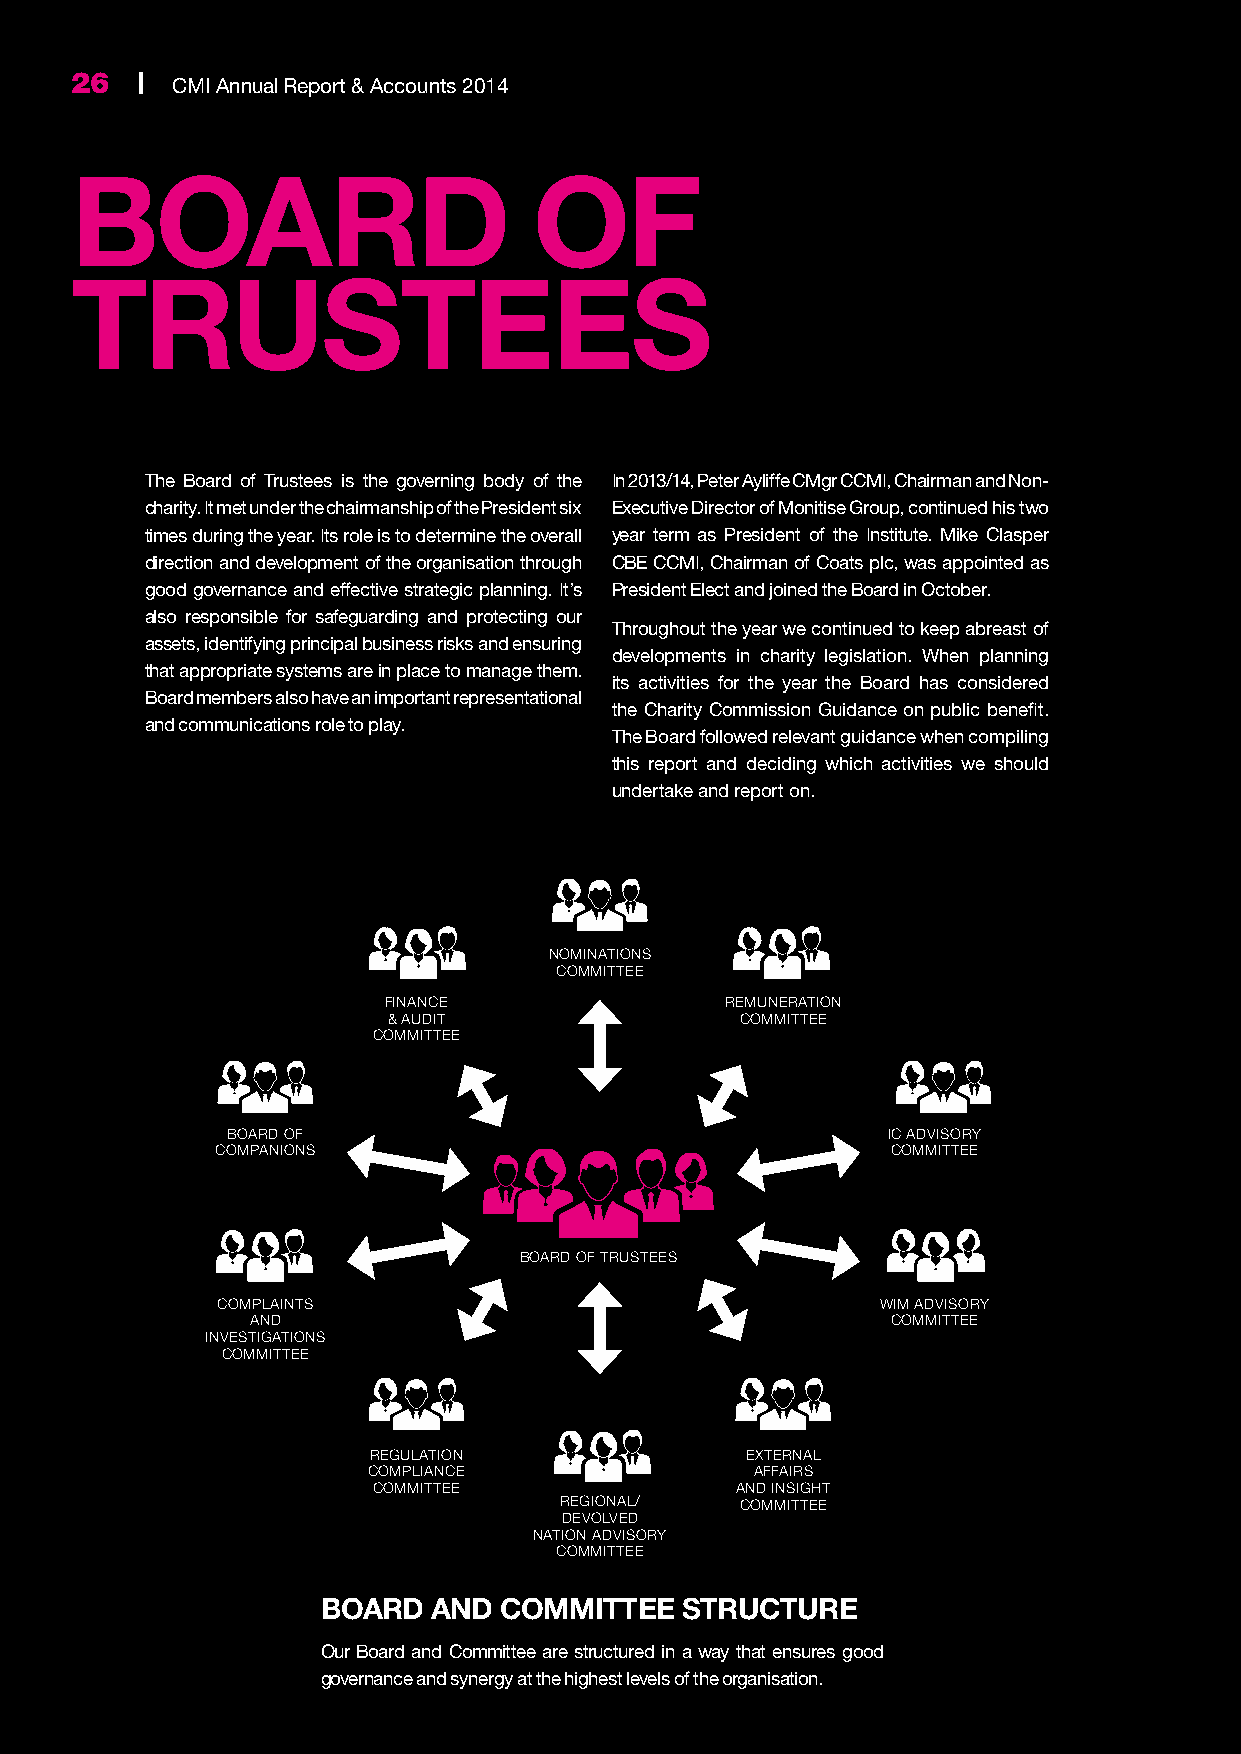
26  | CMI Annual Report & Accounts 2014
 BOARD                         OF
 TRUSTEES
 The Board of Trustees is the governing body of the In 2013/14, Peter Ayliffe CMgr CCMI, Chairman and Non-
 charity. It met under the chairmanship of the President six Executive Director of Monitise Group, continued his two
 times during the year. Its role is to determine the overall year term as President of the Institute. Mike Clasper
 direction and development of the organisation through CBE CCMI, Chairman of Coats plc, was appointed as
 good governance and effective strategic planning. It’s President Elect and joined the Board in October.
 also responsible for safeguarding and protecting our
 Throughout the year we continued to keep abreast of
 assets, identifying principal business risks and ensuring
 developments in charity legislation. When planning
 that appropriate systems are in place to manage them.
 its activities for the year the Board has considered
 Board members also have an important representational
 the Charity Commission Guidance on public benefit.
 and communications role to play.
 The Board followed relevant guidance when compiling
 this report and deciding which activities we should
 undertake and report on.
 NOMINATIONS
 COMMITTEE
 FINANCE                REMUNERATION
 & AUDIT                COMMITTEE
 COMMITTEE
 BOARD OF                                    IC ADVISORY
 COMPANIONS                                   COMMITTEE
 BOARD OF TRUSTEES
 COMPLAINTS                                  WIM ADVISORY
 AND                                       COMMITTEE
 INVESTIGATIONS
 COMMITTEE
 REGULATION               EXTERNAL
 COMPLIANCE                AFFAIRS
 COMMITTEE               AND INSIGHT
 REGIONAL/   COMMITTEE
 DEVOLVED
 NATION ADVISORY
 COMMITTEE
 BOARD   AND COMMITTEE   STRUCTURE
 Our Board and Committee are structured in a way that ensures good
 governance and synergy at the highest levels of the organisation.